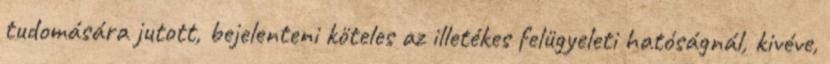
tudomására jutott, bejelenteni köteles az illetékes felügyeleti hatóságnál, kivéve,